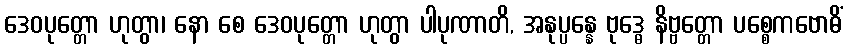
ဒေဝပုတ္တော ဟုတွာ၊ နော စေ ဒေဝပုတ္တော ဟုတွာ ပါပုဏာတိ, အနုပ္ပန္နေ ဗုဒ္ဓေ နိဗ္ဗတ္တော ပစ္စေကဗောဓိံ